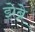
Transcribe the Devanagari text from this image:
झेब्रे